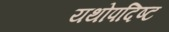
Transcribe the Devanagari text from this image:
यथोपदिष्ट